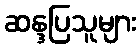
ဆန္ဒပြသူများ